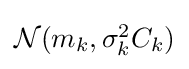
\textstyle {\mathcal {N}}(m_{k},\sigma _{k}^{2}C_{k})